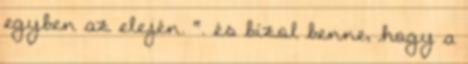
egyben az elején. ". és bízol benne, hogy a